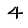
Digit: 4